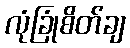
လုံခြုံစိတ်ချ